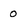
Character: 0